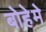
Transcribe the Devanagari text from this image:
बोहेमे